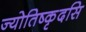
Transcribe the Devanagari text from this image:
ज्योतिष्कृदसि